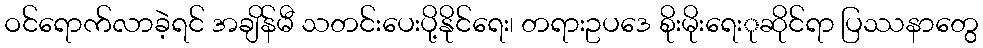
ဝင်ရောက်လာခဲ့ရင် အချိန်မီ သတင်းပေးပို့နိုင်ရေး၊ တရားဥပဒေ စိုးမိုးရေးုဆိုင်ရာ ပြဿနာတွေ